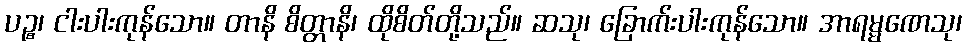
ပဉ္စ၊ ငါးပါးကုန်သော။ တာနိ စိတ္တာနိ၊ ထိုစိတ်တို့သည်။ ဆသု၊ ခြောက်းပါးကုန်သော။ အာရမ္မဏေသု၊